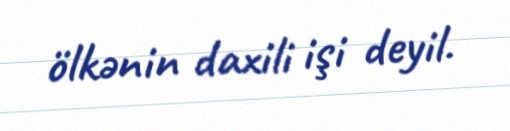
ölkənin daxili işi deyil.